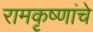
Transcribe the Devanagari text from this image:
रामकृष्णांचे